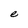
Character: e